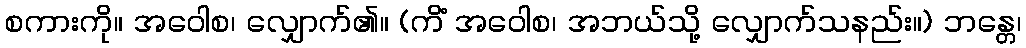
စကားကို။ အဝေါစ၊ လျှောက်၏။ (ကိံ အဝေါစ၊ အဘယ်သို့ လျှောက်သနည်း။) ဘန္တေ၊